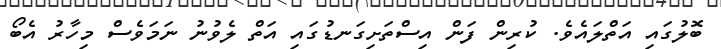
ބޮލުގައި އަތްލައެވެ. ކުރިން ފަން އިސްތަށިގަނޑުގައި އަތް ލެވުނު ނަމަވެސް މިހާރު އެބޯ